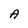
Character: A